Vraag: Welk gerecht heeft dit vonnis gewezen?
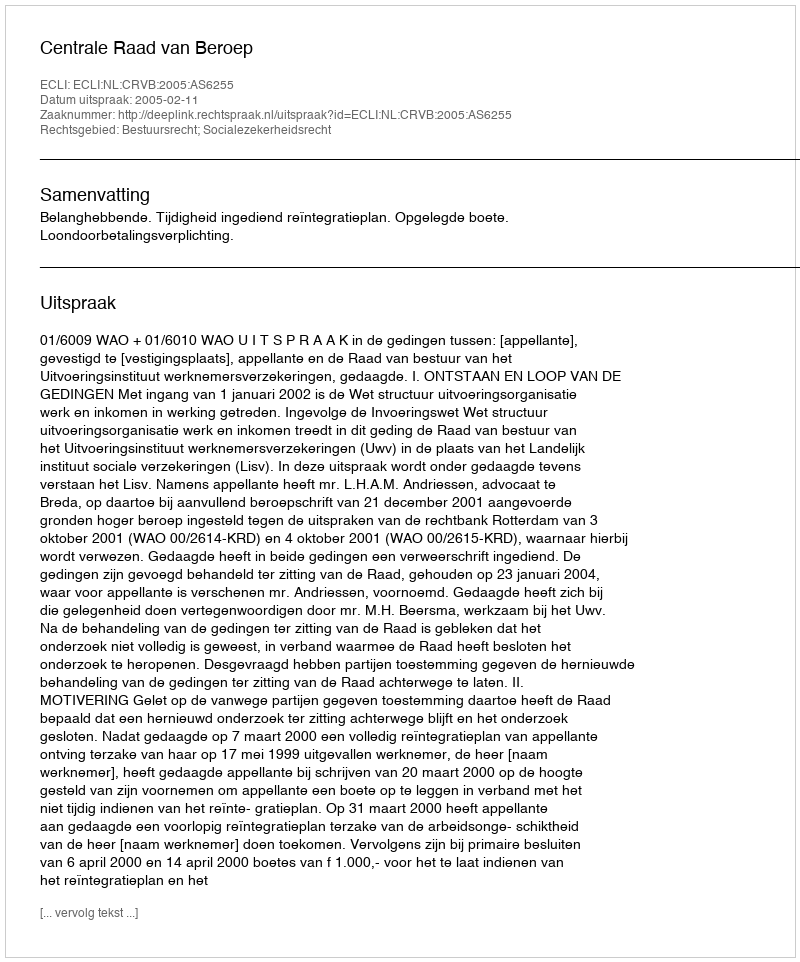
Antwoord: Centrale Raad van Beroep